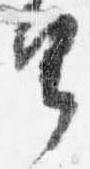
由